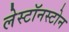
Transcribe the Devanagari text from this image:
लेस्टॉनस्टोन